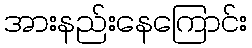
အားနည်းနေကြောင်း